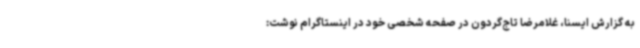
به گزارش ایسنا، غلامرضا تاج‌گردون در صفحه شخصی خود در اینستاگرام نوشت: